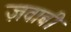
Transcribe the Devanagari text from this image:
ज़वाबी